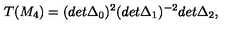
T ( M _ { 4 } ) = ( d e t \Delta _ { 0 } ) ^ { 2 } ( d e t \Delta _ { 1 } ) ^ { - 2 } d e t \Delta _ { 2 } ,